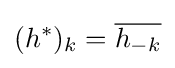
(h^{*})_{k}={\overline {h_{-k}}}